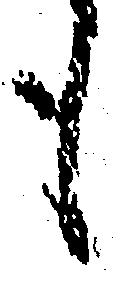
も